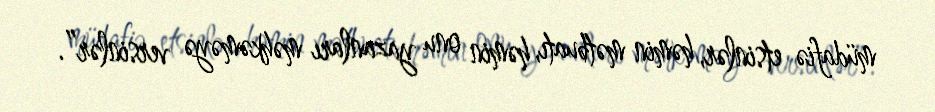
müdafiə etsinlər, həmin mətbuatı, həmin onu yazanları məhkəməyə versinlər”.